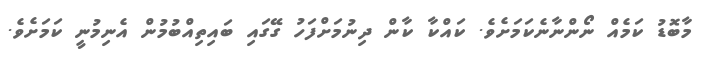
މާބޮޑު ކަމެއް ނޯންނާނެކަމަށެވެ. ކައްކާ ކާން ދިނުމަށްފަހު ގޭގައި ބައިތިއްބުމުން އެނިމުނީ ކަމަށެވެ.